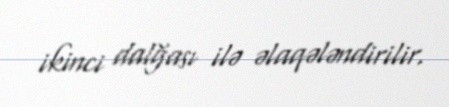
ikinci dalğası ilə əlaqələndirilir.